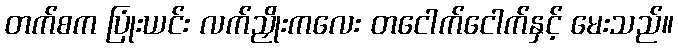
တက်စက ပြုံးယင်း လက်ညှိုးကလေး တငေါက်ငေါက်နှင့် မေးသည်။